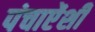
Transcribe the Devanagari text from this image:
पंचाऐंशी